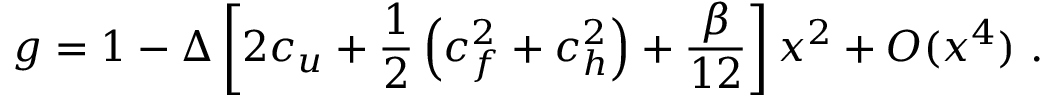
g = 1 - \Delta \left[ 2 c _ { u } + \frac 1 2 \left( c _ { f } ^ { 2 } + c _ { h } ^ { 2 } \right) + \frac \beta { 1 2 } \right] x ^ { 2 } + O ( x ^ { 4 } ) \ .